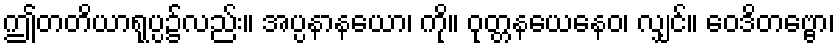
ဤတတိယာရုပ္ပ၌လည်း။ အပ္ပနာနယော၊ ကို။ ဝုတ္တနယေနေဝ၊ လျှင်။ ဝေဒိတဗ္ဗော၊